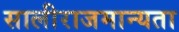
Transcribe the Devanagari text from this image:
सालीराजमान्यता